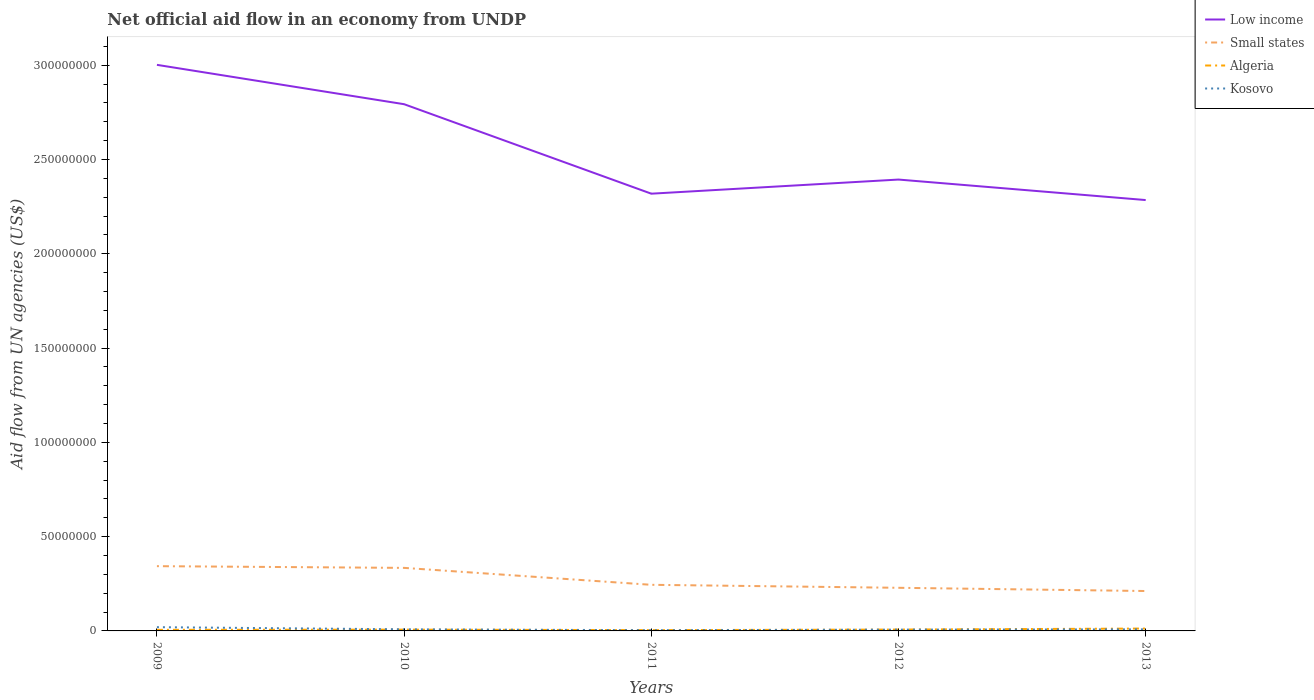
| Years | Low income | Small states | Algeria | Kosovo |
 | --- | --- | --- | --- | --- |
 | 2009 | 3e+08 | 3.43e+07 | 5.8e+05 | 1.99e+06 |
 | 2010 | 2.79e+08 | 3.34e+07 | 6.8e+05 | 8.5e+05 |
 | 2011 | 2.32e+08 | 2.44e+07 | 4.2e+05 | 3.8e+05 |
 | 2012 | 2.39e+08 | 2.29e+07 | 7.2e+05 | 6.8e+05 |
 | 2013 | 2.28e+08 | 2.12e+07 | 1.26e+06 | 8.3e+05 |